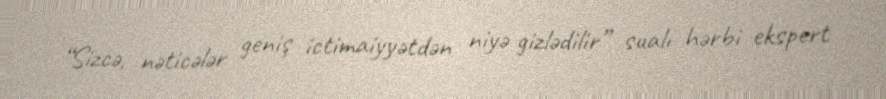
“Sizcə, nəticələr geniş ictimaiyyətdən niyə gizlədilir” sualı hərbi ekspert